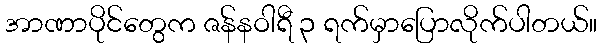
အာဏာပိုင်တွေက ဇန်နဝါရီ ၃ ရက်မှာပြောလိုက်ပါတယ်။